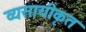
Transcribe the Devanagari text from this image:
व्यसायीकृत